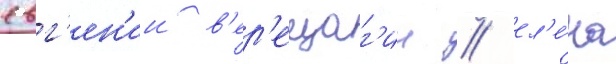
евг'ен'ии в'ер'ещаг'ин / ел'е́на